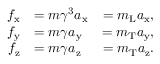
{ \begin{array} { r l r } { f _ { \mathrm { x } } } & { = m \gamma ^ { 3 } a _ { \mathrm { x } } } & { = m _ { \mathrm { L } } a _ { \mathrm { x } } , } \\ { f _ { \mathrm { y } } } & { = m \gamma a _ { \mathrm { y } } } & { = m _ { \mathrm { T } } a _ { \mathrm { y } } , } \\ { f _ { \mathrm { z } } } & { = m \gamma a _ { \mathrm { z } } } & { = m _ { \mathrm { T } } a _ { \mathrm { z } } . } \end{array} }